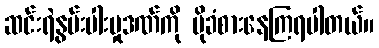
ဆင်းရဲနွမ်းပါးမှုဒဏ်ကို ပိုခံစားနေကြရပါတယ်။